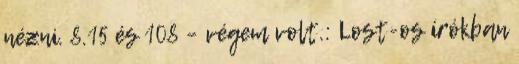
nézni. 8.15 és 108 – végem volt.: Lost-os írókban